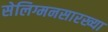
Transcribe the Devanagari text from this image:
सेलिग्मनसारख्या